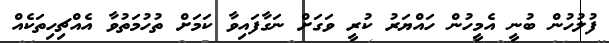
ފުލުހުން ބުނީ އެމީހުން ހައްޔަރު ކުރީ ވަގަށް ނަގާފައިވާ ކަމަށް ތުހުމަތުވާ އެއްޗިހިތަކެއް